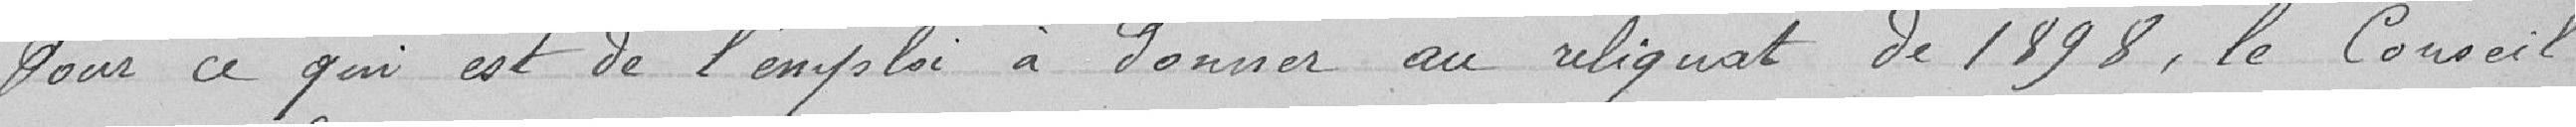
Pour ce qui est de l'emploi à donner au reliquat de 1898, le Conseil